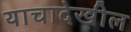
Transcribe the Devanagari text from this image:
याचादेखील